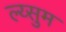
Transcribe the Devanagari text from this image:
ल्य्सुम